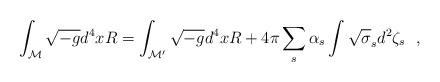
LaTeX: \begin{align*}\int_{\cal M} \sqrt{-g}d^4x R=\int_{\cal M'} \sqrt{-g}d^4x R+4\pi\sum_s\alpha_s \int \sqrt{\sigma}_sd^2\zeta_s~~,\end{align*}